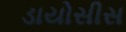
ડાયોસીસ